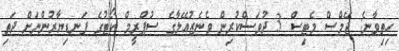
ހިތިވާނެ: ޖޭމްސް މެޓިސް 3 ދުވަަސްކުރިން ވެނެޒުއޭލާގެ ސުޕްރީމް ކޯޓުގެ ފަނޑިޔާރުންނަށް ދަތި